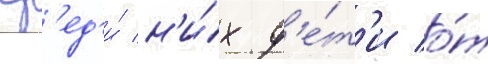
Ср'ед'и́ н'и́х д'е́т'и о́т